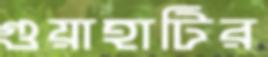
গুয়াহাটির